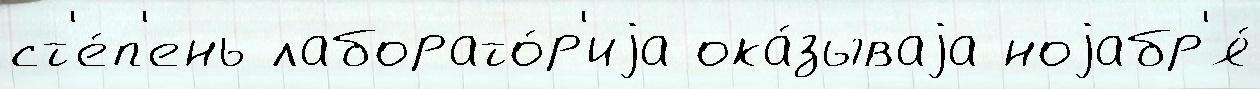
ст'е́п'ень лаборато́р'иjа ока́зываjа ноjабр'я́